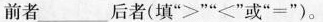
前者___后者（填“>”"<"或“=”）。